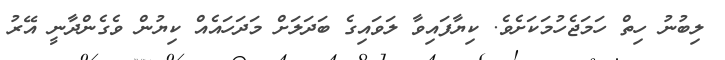
ލިބުނު ހިތް ހަމަޖެހުމަކަށެވެ. ކިޔާފައިވާ ލަވައިގެ ބަދަލަށް މަދަހައެއް ކިޔުން ވެގެންދާނީ އޭރު